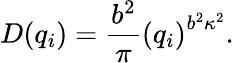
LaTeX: D(q_{i})={\frac{b^{2}}{\pi}}\left(q_{i}\right)^{b^{2}\kappa^{2}}.